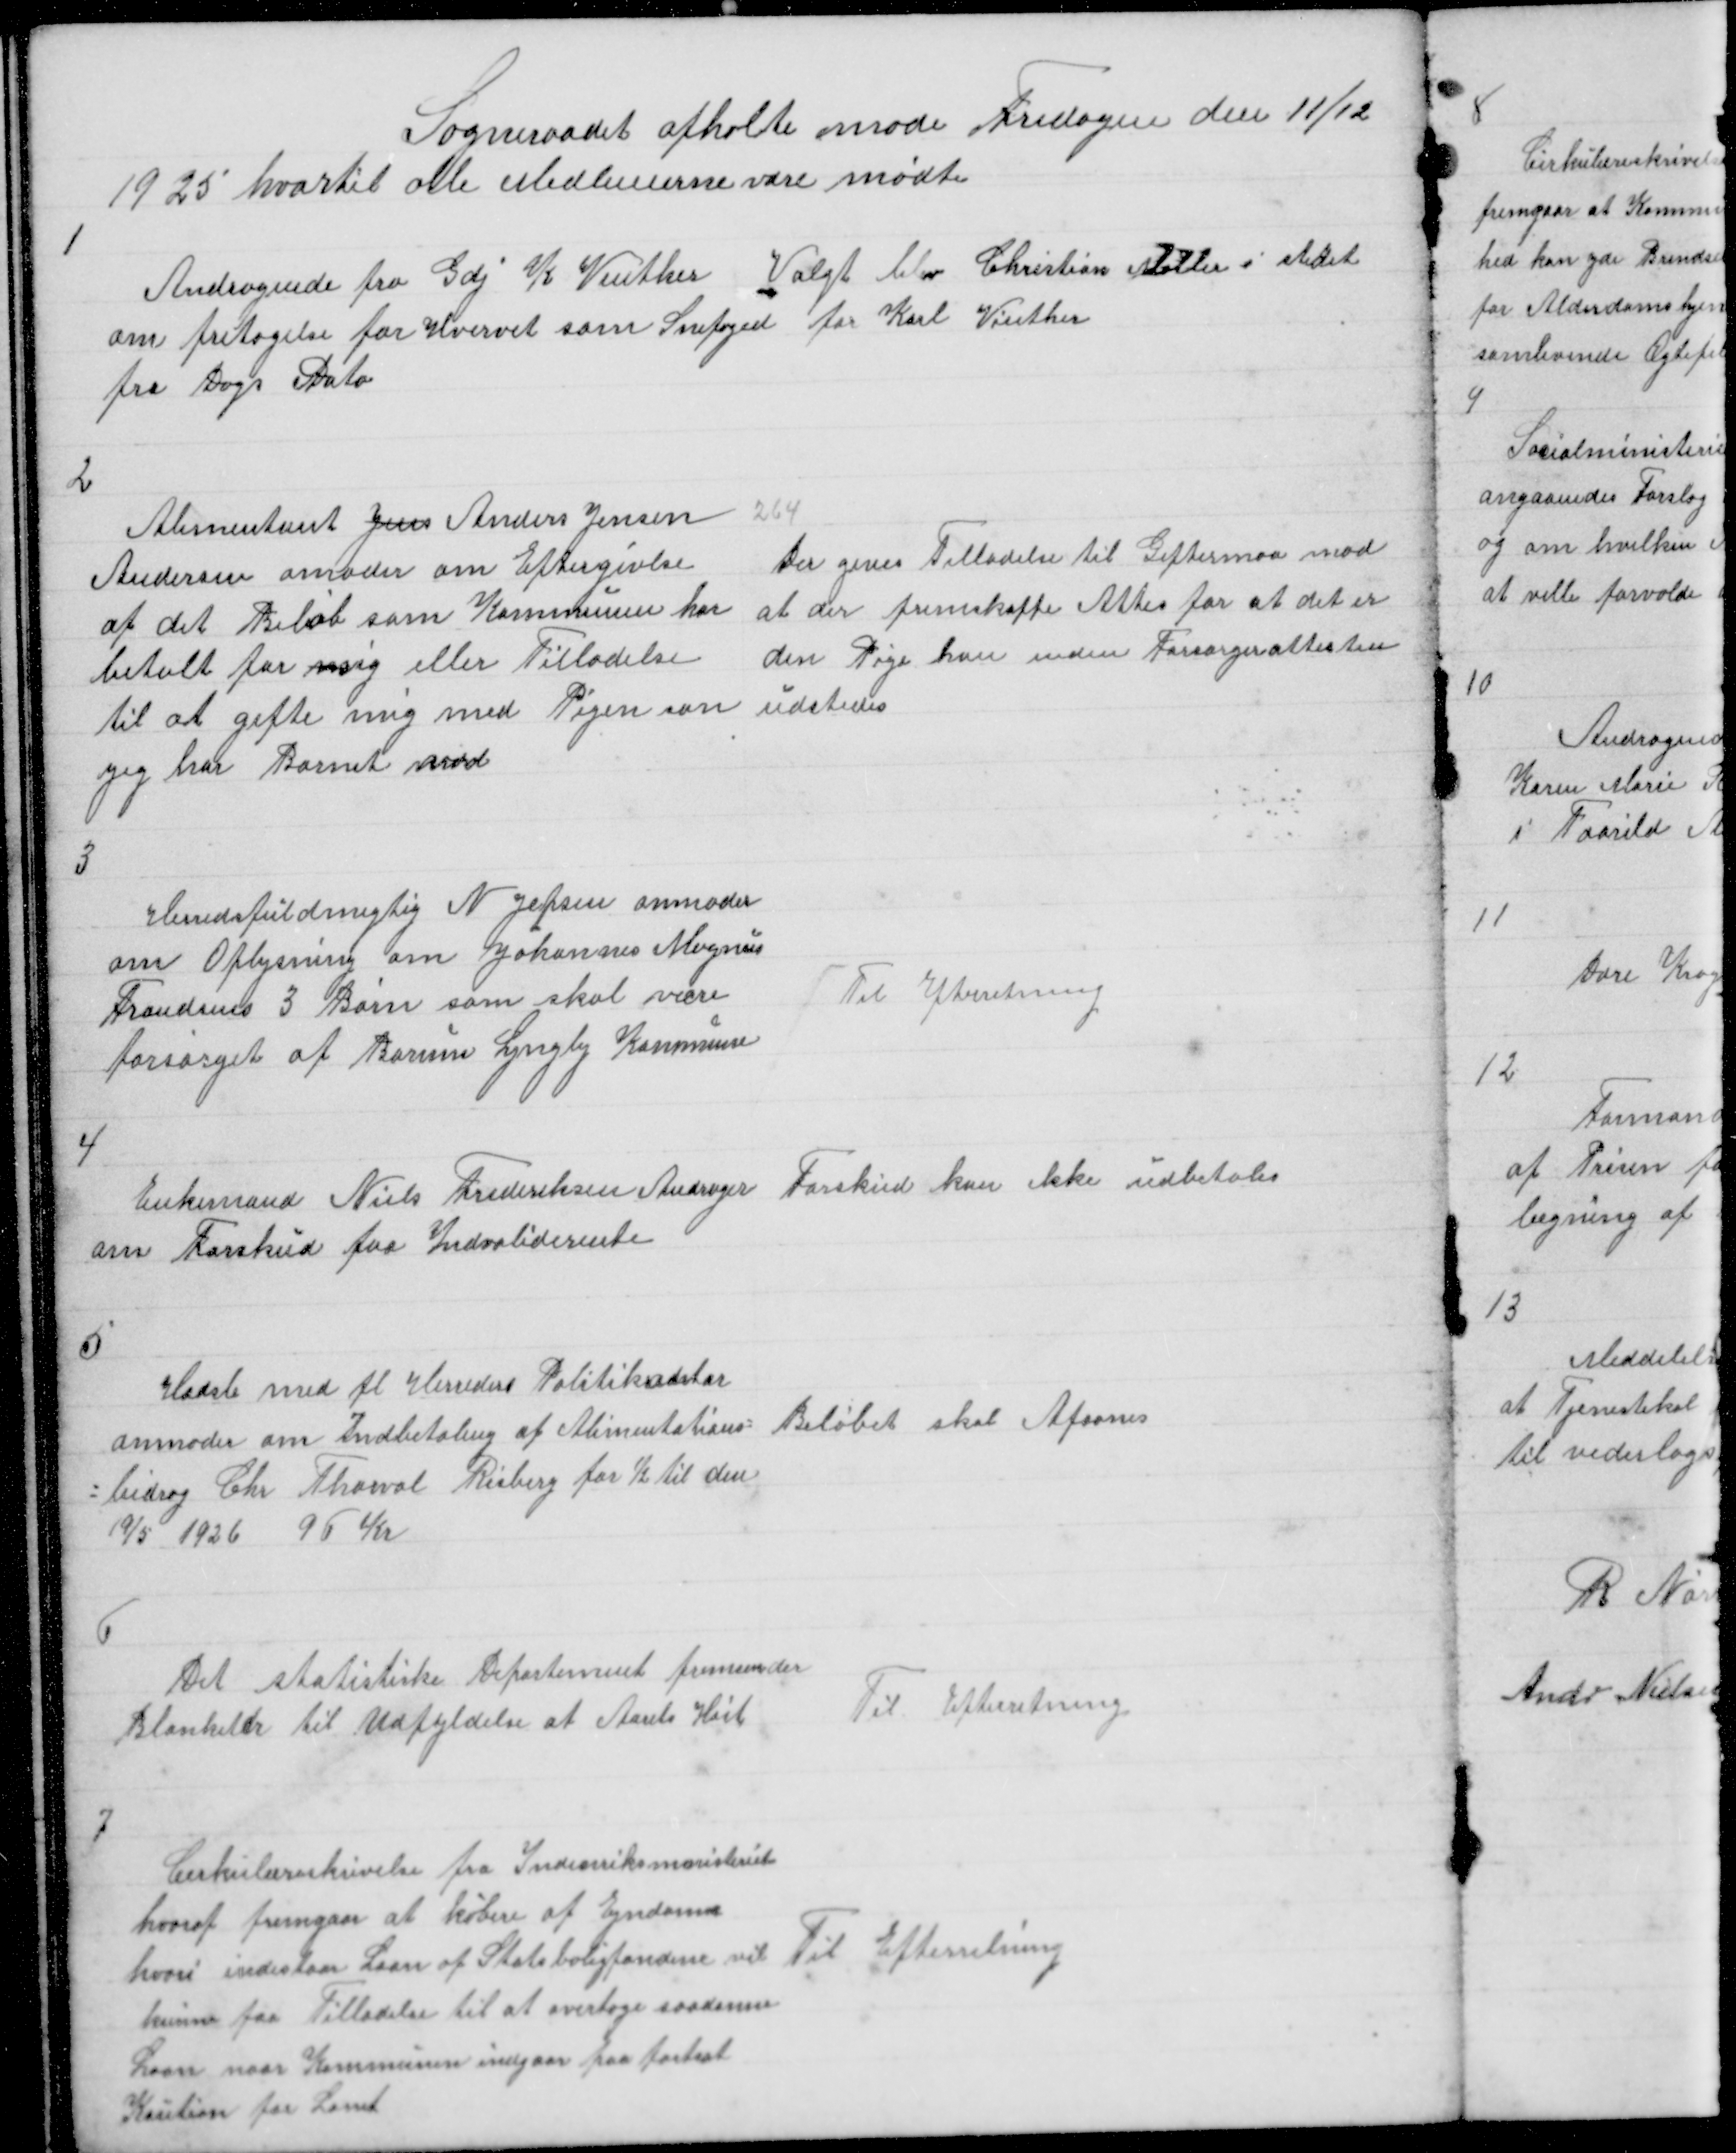
Transskription:
Sogneraadet afholte møde Fredagen den 11/12
1925 hvortil alle Medlemerne vare mødte

1

Andragende fra Gdj K Vinther Valgt blev Christian Møller i stedet
om fritagelse for Hvervet som Snefoged for Karl Vinther
fra Dags Dato

2
Alimentant Jens Anders Jensen
Andersen amoder om Eftergivlse
af det Beløb som Kommunen har
betalt for msig eller Tilladelse
til at gifte mig med Pigen som
jeg har Barnet med

264
Der gives Tilladelse til Giftermaa mod
at der fremskaffe Attes for at det er
den Pige han inden Forsørgeattesten
udstedes

3

Herredsfuldmegtig N Jepsen anmoder
om Oplysning om Johannes Magnus
Frandsens 3 Børn som skal være
forsørget af Borum Lyngby Kommune

Til Efterretning

4

Enkemand Niels Frederiksen Andrager
om Forskud paa Indvaliderente

Forskud kan ikke udbetales

5

Hadsle med fl Herreders Politikontor
anmoder om Indbetaling af Alimentations =
= bidrag Chr Thorval Risberg for ½ til den
19/5 1926 96 Kr

Beløbet skal Afsones

6

Det statistiske Departement fremsender
Blanketer til Udfyldelse af Aarets Høst

Til Efterretning

7

Cirkulæreskrivelse fra Indenriksministeriet
hvoraf fremgaar at købere af Ejndom
hvori indestaar Laan af Statsboligfondene vil
kunne faa Tilladelse til at overtage saadanne
Laan naar Kommunen indgaar paa fortsat
Kaution for Laanet

Til Efterretning